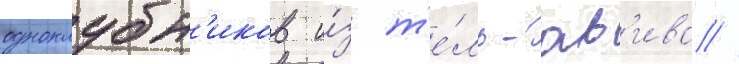
одноклубн'иков и́з т'е́ль-ав'ива //